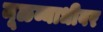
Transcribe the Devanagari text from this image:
मूळव्याधीवर